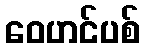
ဝေဟင်ပစ်